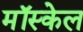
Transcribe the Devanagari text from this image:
मॉस्केल